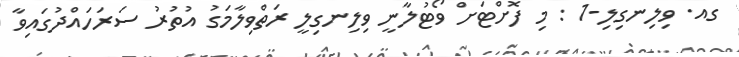
ގއ. ވިލިނގިލި-1 : މި ފޮށްޓަށް ވޯޓުލާނީ ވިލިނގިލީ ރަތްވިލާމަގު އުތުރު ސަރަހައްދުގައިވާ